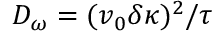
D _ { \omega } = ( v _ { 0 } \delta \kappa ) ^ { 2 } / \tau